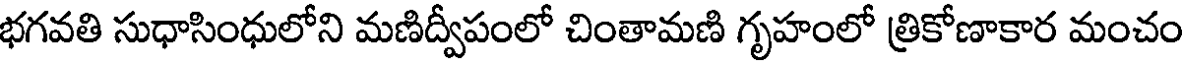
భగవతి సుధాసింధులోని మణిద్వీపంలో చింతామణి గృహంలో త్రికోణాకార మంచం